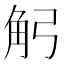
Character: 𧢺